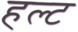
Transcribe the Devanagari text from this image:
हल्ट